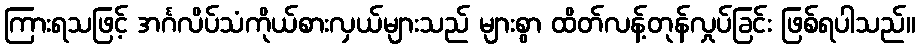
ကြားရသဖြင့် အင်္ဂလိပ်သံကိုယ်စားလှယ်များသည် များစွာ ထိတ်လန့်တုန်လှုပ်ခြင်း ဖြစ်ရပါသည်။